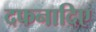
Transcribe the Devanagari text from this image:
दफनादिए